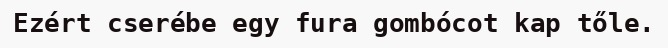
Ezért cserébe egy fura gombócot kap tőle.